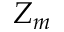
Z _ { m }